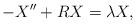
LaTeX: \begin{align*}-X'' + RX = \lambda X, \end{align*}